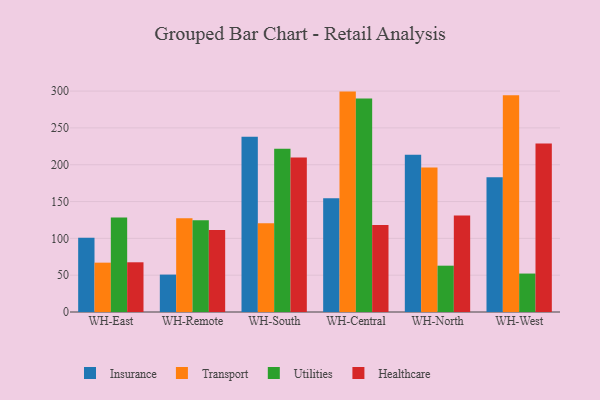
{"axis": {"x": "Warehouse", "y": "Market Share (%)"}, "legend": ["Healthcare", "Insurance", "Transport", "Utilities"], "data": [{"x": "WH-East", "y": 100.7, "type": "Insurance"}, {"x": "WH-East", "y": 67.0, "type": "Transport"}, {"x": "WH-East", "y": 128.4, "type": "Utilities"}, {"x": "WH-East", "y": 67.5, "type": "Healthcare"}, {"x": "WH-Remote", "y": 50.8, "type": "Insurance"}, {"x": "WH-Remote", "y": 127.3, "type": "Transport"}, {"x": "WH-Remote", "y": 124.5, "type": "Utilities"}, {"x": "WH-Remote", "y": 111.2, "type": "Healthcare"}, {"x": "WH-South", "y": 238.1, "type": "Insurance"}, {"x": "WH-South", "y": 120.6, "type": "Transport"}, {"x": "WH-South", "y": 221.8, "type": "Utilities"}, {"x": "WH-South", "y": 209.9, "type": "Healthcare"}, {"x": "WH-Central", "y": 154.5, "type": "Insurance"}, {"x": "WH-Central", "y": 299.3, "type": "Transport"}, {"x": "WH-Central", "y": 289.9, "type": "Utilities"}, {"x": "WH-Central", "y": 118.1, "type": "Healthcare"}, {"x": "WH-North", "y": 213.5, "type": "Insurance"}, {"x": "WH-North", "y": 196.3, "type": "Transport"}, {"x": "WH-North", "y": 62.9, "type": "Utilities"}, {"x": "WH-North", "y": 130.9, "type": "Healthcare"}, {"x": "WH-West", "y": 182.9, "type": "Insurance"}, {"x": "WH-West", "y": 294.2, "type": "Transport"}, {"x": "WH-West", "y": 52.2, "type": "Utilities"}, {"x": "WH-West", "y": 228.8, "type": "Healthcare"}]}